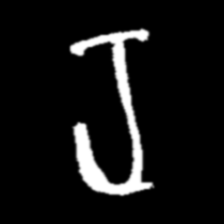
Pyu character \u2014 Myanmar letter: ရ (romanized: ra)